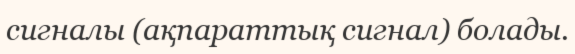
сигналы (ақпараттық сигнал) болады.